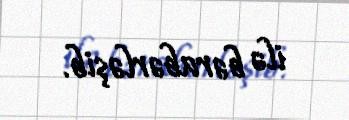
ilə bərabərləşib.